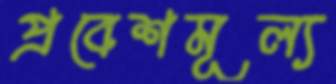
প্রবেশমূল্য